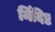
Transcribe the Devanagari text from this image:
र्निदिष्ट